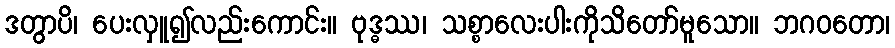
ဒတွာပိ၊ ပေးလှူ၍လည်းကောင်း။ ဗုဒ္ဓဿ၊ သစ္စာလေးပါးကိုသိတော်မူသော။ ဘဂဝတော၊